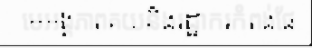
មេអង្គភាពគយនិងរដ្ឋាករកំពង់ផែ